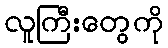
လူကြီးတွေကို